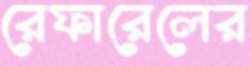
রেফারেলের